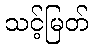
သင့်မြတ်